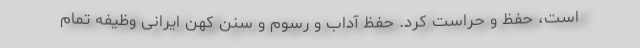
است، حفظ و حراست کرد. حفظ آداب ‌و رسوم و سنن کهن ایرانی وظیفه تمام